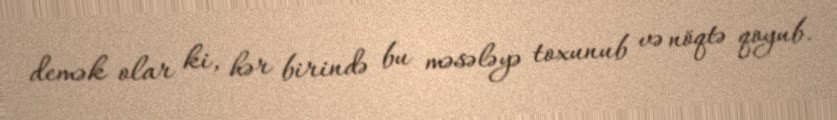
demək olar ki, hər birində bu məsələyə toxunub və nöqtə qoyub.